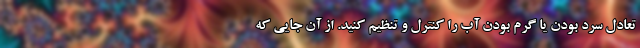
تعادل سرد بودن یا گرم بودن آب را کنترل و تنظیم کنید. از آن جایی که